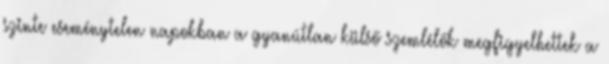
szinte eseménytelen napokban a gyanútlan külső szemlélők megfigyelhettek a